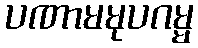
ပဏာမမုပဂမ္မ